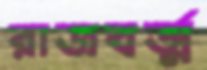
রাজবর্ত্ম